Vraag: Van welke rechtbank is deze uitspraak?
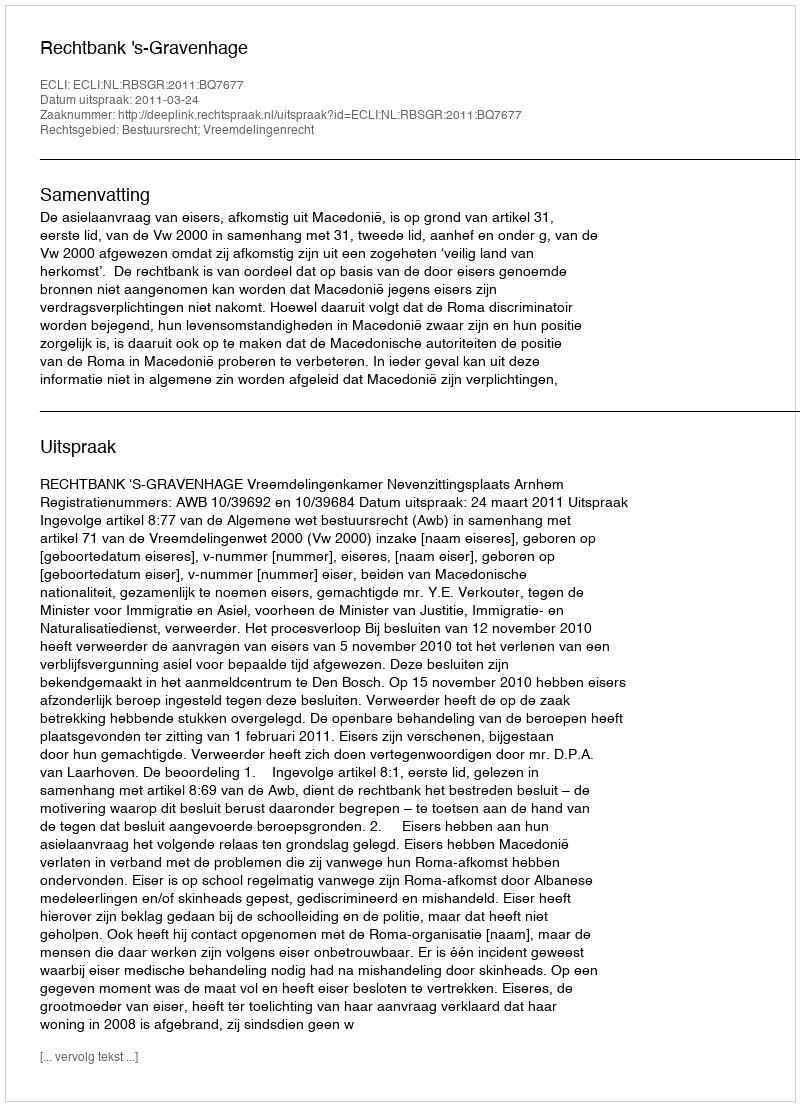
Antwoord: Rechtbank 's-Gravenhage